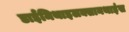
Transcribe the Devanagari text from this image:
डाईमिथाइलक्सानथाइंस